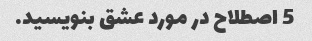
5 اصطلاح در مورد عشق بنویسید.